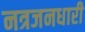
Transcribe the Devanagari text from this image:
नत्रजनधारी